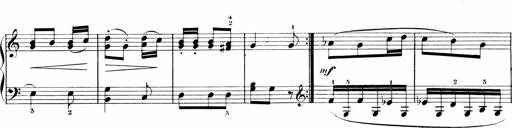
Title: 6 Liedersonatinen
Composer: Carl Reinecke